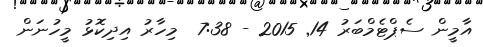
އާމީން ސެޕްޓެމްބަރު 14